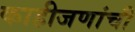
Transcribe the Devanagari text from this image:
काहीजणांची